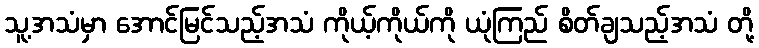
သူ့အသံမှာ အောင်မြင်သည့်အသံ ကိုယ့်ကိုယ်ကို ယုံကြည် စိတ်ချသည့်အသံ တို့